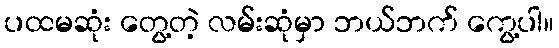
ပထမဆုံး တွေ့တဲ့ လမ်းဆုံမှာ ဘယ်ဘက် ကွေ့ပါ။